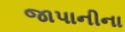
જાપાનીના